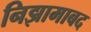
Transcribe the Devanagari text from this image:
निझामाबद